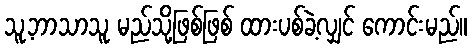
သူ့ဘာသာသူ မည်သို့ဖြစ်ဖြစ် ထားပစ်ခဲ့လျှင် ကောင်းမည်။